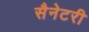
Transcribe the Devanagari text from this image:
सैनेटरी